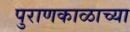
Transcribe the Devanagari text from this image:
पुराणकाळाच्या